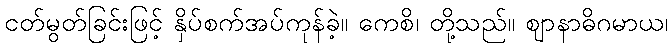
ငတ်မွတ်ခြင်းဖြင့် နှိပ်စက်အပ်ကုန်ခဲ့။ ကေစိ၊ တို့သည်။ ဈာနာဓိဂမာယ၊